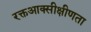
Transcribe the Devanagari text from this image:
रक्तआक्सीक्षीणता